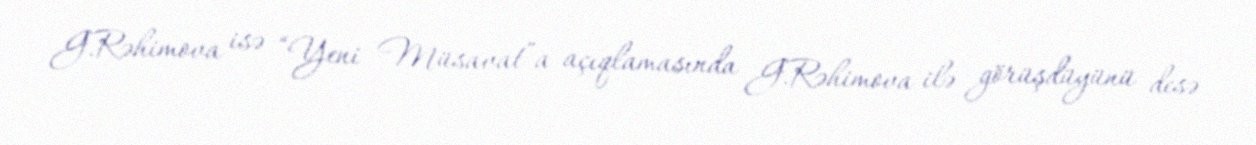
G.Rəhimova isə “Yeni Müsavat”a açıqlamasında G.Rəhimova ilə görüşdüyünü desə